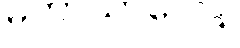
မဟာသာလေန